Report on vaccination in the Province of Bengal - 1874-1889
Year: 1874
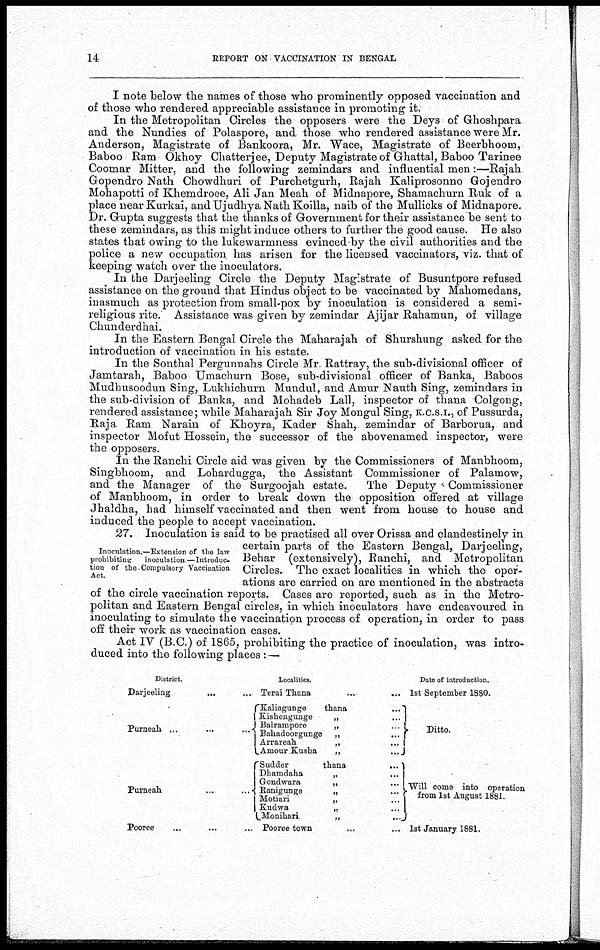
14
REPORT ON VACCINATION IN BENGAL
I note below the names of those who prominently opposed vaccination and
of those who rendered appreciable assistance in promoting it.
In the Metropolitan Circles the opposers were the Deys of Ghoshpara
and the Nundies of Polaspore, and those who rendered assistance were Mr.
Anderson, Magistrate of Bankoora, Mr. Wace, Magistrate of Beerbhoom,
Baboo Ram Okhoy Chatterjee, Deputy Magistrate of Ghattal, Baboo Tarinee
Coomar Mitter, and the following zemindars and influential men:—Rajah
Gopendro Nath Chowdhuri of Purchetgurh, Rajah Kaliprosonno Gojendro
Mohapotti of Khemdroee, Ali Jan Meah of Midnapore, Shamachurn Ruk of a
place near Kurkai, and Ujudhya Nath Koilla, naib of the Mullicks of Midnapore.
Dr. Gupta suggests that the thanks of Government for their assistance be sent to
these zemindars, as this might induce others to further the good cause. He also
states that owing to the lukewarmness evinced by the civil authorities and the
police a new occupation has arisen for the licensed vaccinators, viz. that of
keeping watch over the inoculators.
In the Darjeeling Circle the Deputy Magistrate of Busuntpore refused
assistance on the ground that Hindus object to be vaccinated by Mahomedans,
inasmuch as protection from small-pox by inoculation is considered a semi-
religious rite. Assistance was given by zemindar Ajijar Rahamun, of village
Chunderdhai.
In the Eastern Bengal Circle the Maharajah of Shurshung asked for the
introduction of vaccination in his estate.
In the Sonthal Pergunnahs Circle Mr. Rattray, the sub-divisional officer of
Jamtarah, Baboo Umachurn Bose, sub-divisional officer of Banka, Baboos
Mudhusoodun Sing, Lukhichurn Mundul, and Amur Nauth Sing, zemindars in
the sub-division of Banka, and Mohadeb Lall, inspector of thana Colgong,
rendered assistance; while Maharajah Sir Joy Mongul Sing, K.C.S.I., of Pussurda,
Raja Ram Narain of Khoyra, Kader Shah, zemindar of Barborua, and
inspector Mofut Hossein, the successor of the abovenamed inspector, were
the opposers.
In the Ranchi Circle aid was given by the Commissioners of Manbhoom,
Singbhoom, and Lohardugga, the Assistant Commissioner of Palamow,
and the Manager of the Surgoojah estate.
The Deputy Commissioner
of Manbhoom, in order to break down the opposition offered at village
Jhaldha, had himself vaccinated and then went from house to house and
induced the people to accept vaccination.
Inoculation.—Extension of the law
prohibiting inoculation —Introduc-
tion of the Compulsory Vaccination
Act.
27. Inoculation is said to be practised all over Orissa and clandestinely in
certain parts of the Eastern Bengal, Darjeeling,
Behar (extensively), Ranchi, and Metropolitan
Circles. The exact localities in which the oper-
ations are carried on are mentioned in the abstracts
of the circle vaccination reports. Cases are reported, such as in the Metro-
politan and Eastern Bengal circles, in which inoculators have endeavoured in
inoculating to simulate the vaccination process of operation, in order to pass
off their work as vaccination cases.
Act IV (B.C.) of 1865, prohibiting the practice of inoculation, was intro-
duced into the following places : —
District.
Darjeeling ... ...
Purneah ...
...
...
Purneah
...
...
Pooree ... ... ...
Localities.
Terai Thana ... ...
Kaliagunge
thana
... ...
Kishengunge
„
...
Balrampore
„
...
Bahadoorgunge „
...
Arrareah
„
...
Amour Kusba
„
...
Sudder
thana
...
Dhamdaha
„
...
Gondwara
„
...
Ranigunge
„
...
Motiari
„
...
Kudwa
„
...
Monihari
„
..
Pooree town
... ...
Date of introduction.
1st September 1880.
Ditto.
Will come into operation
from 1st August 1881.
1st January 1881.